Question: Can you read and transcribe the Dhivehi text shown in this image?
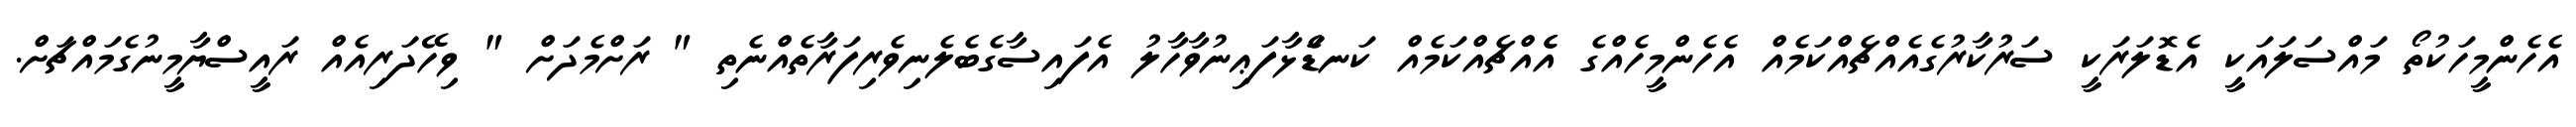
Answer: އެހެންމީހަކުތޯ މައްސަލައަކީ އެޑޮލަރަކީ ސަރުކާރުގެއެއްޗެއްކަމެއް އެހެންމީހެއްގެ އެެއްޗެއްކަމެއް ކަނޑަެަޅާފަޢިނުވާހާލު އެފައިސާގެބެލެނިވެރިފަރާތެއްނެތި " ރަށްމެދަށް " ވިހޭދަރިއެއް ރައީސްޔާމީނުގެމައްޗަށް.